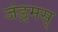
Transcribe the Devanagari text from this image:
जंड्रमस्